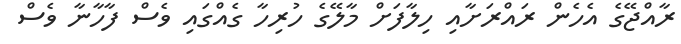
ރާއްޖޭގެ އެހެން ރައްރަށާއި ހިލާފަށް މާލޭގެ ހުރިހާ ގެއްގައި ވެސް ފާހާނާ ވެސް